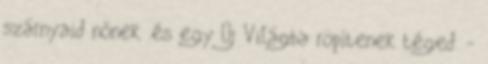
szárnyaid nőnek .és egy Új Világba röpítenek téged. -